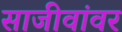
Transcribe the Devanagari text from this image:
साजीवांवर